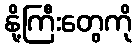
နို့ကြီးတွေကို